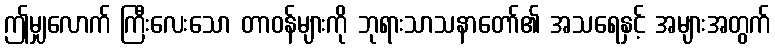
ဤမျှလောက် ကြီးလေးသော တာဝန်များကို ဘုရားသာသနာတော်၏ အသရေနှင့် အများအတွက်